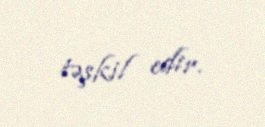
təşkil edir.